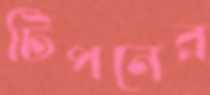
টিপনের